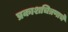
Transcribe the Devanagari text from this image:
प्रकाशचित्रणाचे